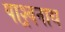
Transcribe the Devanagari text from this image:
पाश्र्वनाथ